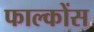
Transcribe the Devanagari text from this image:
फाल्कोंस